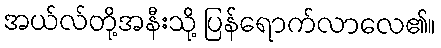
အယ်လ်တို့အနီးသို့ ပြန်ရောက်လာလေ၏။